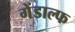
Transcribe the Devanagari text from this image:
गेंडाल्फ